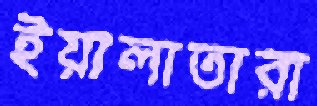
ইয়ালাতারা